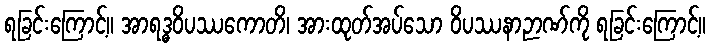
ရခြင်းကြောင့်။ အာရဒ္ဓဝိပဿကောတိ၊ အားထုတ်အပ်သော ဝိပဿနာဉာဏ်ကို ရခြင်းကြောင့်။